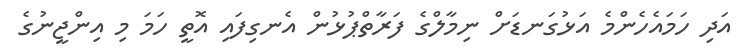
އަދި ހަމައެހެންމެ އަޅުގަނޑަށް ނިމާލްގެ ފަރާތްޕުޅުން އެނގިފައި އޮތީ ހަމަ މި އިންޖީނުގެ